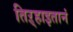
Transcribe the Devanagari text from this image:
तिऱ्हाइतानं